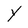
Character: Y